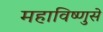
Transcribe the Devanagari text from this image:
महाविष्णुसे